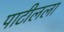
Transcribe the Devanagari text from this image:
पाटीलला